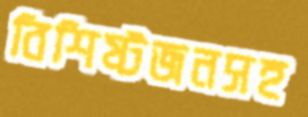
বিশিষ্টজনসহ